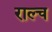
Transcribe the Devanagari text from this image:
राल्च